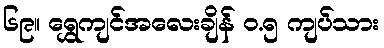
၆၉။ ရွှေကျင်အလေးချိန် ၀.၅ ကျပ်သား